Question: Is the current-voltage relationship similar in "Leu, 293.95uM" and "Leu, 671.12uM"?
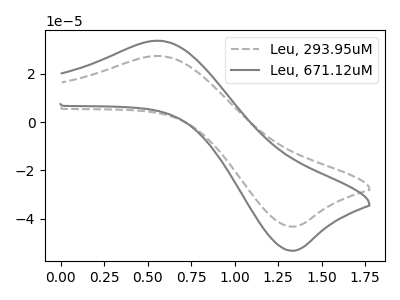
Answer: <think>The gray dashed curve "Leu, 293.95uM" has an anodic peak at (0.55V, 27.40uA) and a cathodic peak at (1.30V, -43.35uA). The gray curve "Leu, 671.12uM" has an anodic peak at (0.55V, 33.70uA) and a cathodic peak at (1.30V, -53.35uA).
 All the peaks in "Leu, 293.95uM" have a peak in "Leu, 671.12uM" at the same potential. Every peak in "Leu, 293.95uM" is lower than every peak in "Leu, 671.12uM".</think>
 <answer>"Leu, 293.95uM" and "Leu, 671.12uM" are similar in shape.</answer>
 <eval>same_shape</eval>